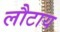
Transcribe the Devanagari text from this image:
लौटाय